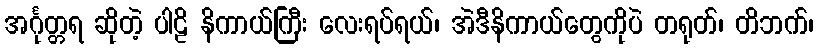
အင်္ဂုတ္တရ ဆိုတဲ့ ပါဠိ နိကာယ်ကြီး လေးရပ်ရယ်၊ အဲဒီနိကာယ်တွေကိုပဲ တရုတ်၊ တိဘက်၊